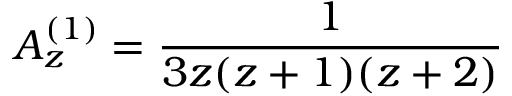
A _ { z } ^ { ( 1 ) } = \frac { 1 } { 3 z ( z + 1 ) ( z + 2 ) }